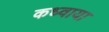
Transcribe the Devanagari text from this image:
कध्वाया